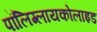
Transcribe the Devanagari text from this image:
पॉलिग्लायकोलाइड